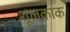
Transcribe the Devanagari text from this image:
शूलकाक